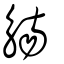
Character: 觴